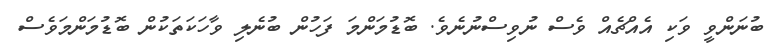
ބުނަންވީ ވަކި އެއްޗެއް ވެސް ނުވިސްނުނެވެ. ބޮޑުމަންމަ ފަހުން ބުނެލި ވާހަކަތަކުން ބޮޑުމަންމަވެސް